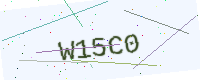
Text: W15C0